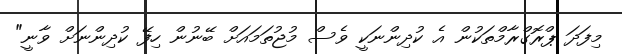
މިފަދަ ޕްރޮގްރާމްތަކުން އެ ކުދިންނަކީ ވެސް މުޖުތަމައަށް ބޭނުން ހިފޭ ކުދިންނަށް ވާނީ"